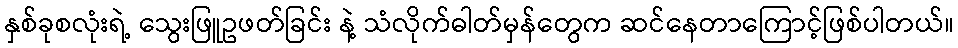
နှစ်ခုစလုံးရဲ့ သွေးဖြူဥဖတ်ခြင်း နဲ့ သံလိုက်ဓါတ်မှန်တွေက ဆင်နေတာကြောင့်ဖြစ်ပါတယ်။